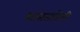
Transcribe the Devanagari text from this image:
शांतताप्रेमी